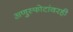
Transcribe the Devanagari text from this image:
अणुस्फोटांवरही